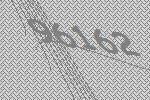
96162